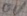
Text: 0V